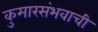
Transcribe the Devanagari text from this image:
कुमारसंभवाची